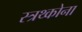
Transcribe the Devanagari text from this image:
स्त्रथ्कोना